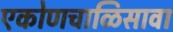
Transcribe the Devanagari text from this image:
एकोणचाळिसावा